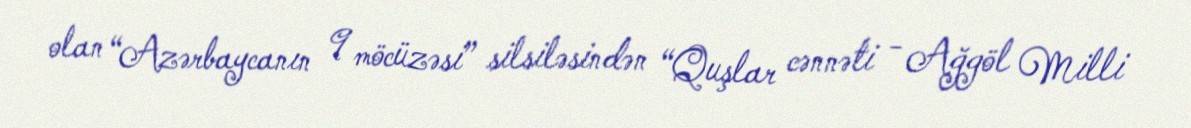
olan “Azərbaycanın 9 möcüzəsi” silsiləsindən “Quşlar cənnəti - Ağgöl Milli